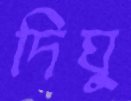
দিঘু